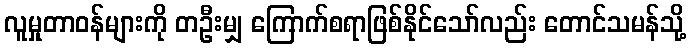
လူမှုတာဝန်များကို တဦးမျှ ကြောက်စရာဖြစ်နိုင်သော်လည်း တောင်သမန်သို့